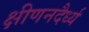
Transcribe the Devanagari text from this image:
क्षीणनदैर्ध्य